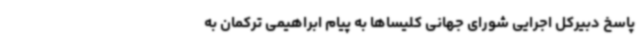
پاسخ دبیرکل اجرایی شورای جهانی کلیساها به پیام ابراهیمی ترکمان به